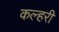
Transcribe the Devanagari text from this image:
कल्हरी